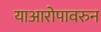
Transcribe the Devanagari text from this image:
याआरोपावरुन